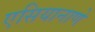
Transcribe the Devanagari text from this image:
एसियानाणे